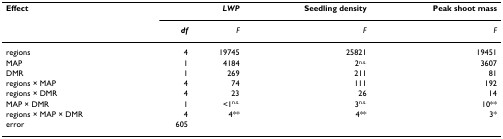
| Effect |  | LWP | Seedling density | Peak shoot mass |
 |  | df | F | F | F |
 | --- | --- | --- | --- | --- |
 | regions | 4 | 19745 | 25821 | 19451 |
 | MAP | 1 | 4184 | 2n.s. | 3607 |
 | DMR | 1 | 269 | 211 | 81 |
 | regions × MAP | 4 | 74 | 111 | 192 |
 | regions × DMR | 4 | 23 | 26 | 14 |
 | MAP × DMR | 1 | <1n.s. | 3n.s. | 10** |
 | regions × MAP × DMR | 4 | 4** | 4** | 3* |
 | error | 605 |  |  |  |